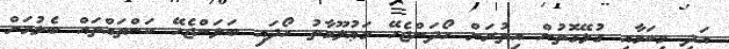
އަދި މިކަމާއި ގުޅޭގޮތުން އިތުރަށް ހޯދަންޖެހޭ މަޢުލޫމާތު ހޯދައި ބަލަންޖެހޭ ކަންތައްތައް ބެލުމަށް